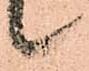
候